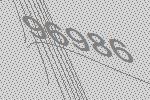
96986